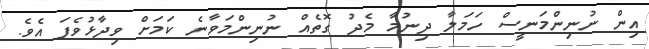
އިން ނުނިންމަނީސް ހަމަލާ ދިނުމާ މެދު ގޮތެއް ނުނިންމަވާނެ ކަމަށް ވިދާޅުވެފަ އެވެ.